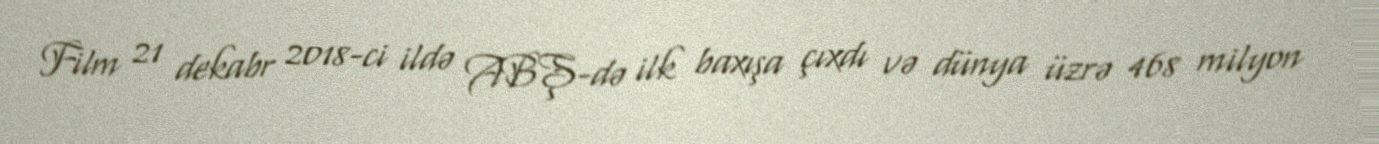
Film 21 dekabr 2018-ci ildə ABŞ-də ilk baxışa çıxdı və dünya üzrə 468 milyon